King Institute of Preventive Medicine Bacteriolog. Section reports 1907-08
Year: 1907
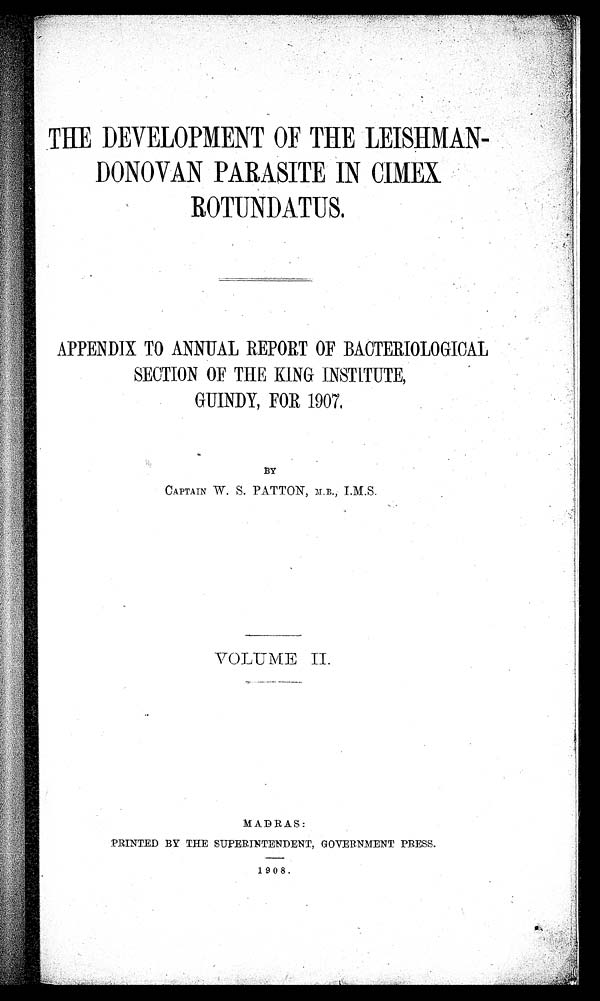
IP/25/KZ.3 IP
madras
THE DEVELOPMENT OF THE LEISHMAN-
DONOVAN PARASITE IN CIMEX
ROTUNDATUS.
APPENDIX TO ANNUAL REPORT OF BACTERIOLOGICAL
SECTION OF THE KING INSTITUTE,
GUINDY, FOR 1907.
BY
CAPTAIN W. S. PATTON, M.B., I.M.S.
VOLUME II.
MADRAS:
PRINTED BY THE SUPERINTENDENT, GOVERNMENT PRESS.
1908.